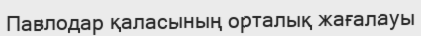
Павлодар қаласының орталық жағалауы